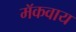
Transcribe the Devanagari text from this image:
मॅकवाय